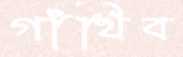
গাঁথিব